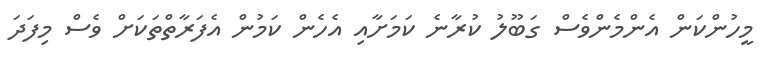
މީހުންކަން އެންމެންވެސް ގަބޫލު ކުރާނެ ކަމަށާއި އެހެން ކަމުން އެފަރާތްތަކަށް ވެސް މިފަދަ